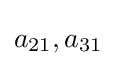
{\textstyle a_{21},a_{31}}